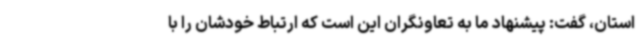
استان، گفت: پیشنهاد ما به تعاونگران این است که ارتباط خودشان را با